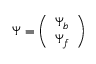
\Psi = \left( \begin{array} { c } { \Psi _ { b } } \\ { \Psi _ { f } } \end{array} \right)